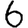
Digit: 6